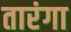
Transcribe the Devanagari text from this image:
तारंगा